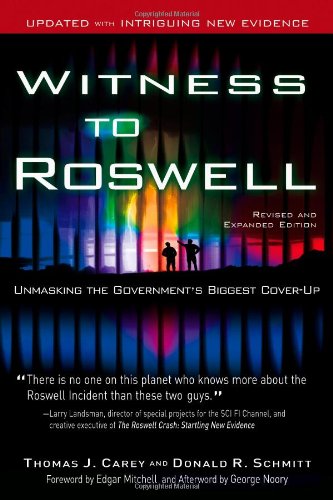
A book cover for Witness to Roswell: Unmasking the Government's Biggest Cover-up (Revised and Expanded Edition); Thomas J. Carey; Science & Math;